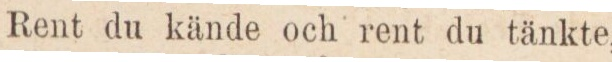
Rent du kände och rent du tänkte,